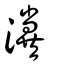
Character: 瀵